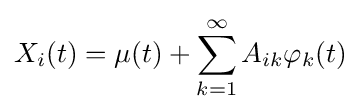
X_{i}(t)=\mu (t)+\sum _{k=1}^{\infty }A_{ik}\varphi _{k}(t)